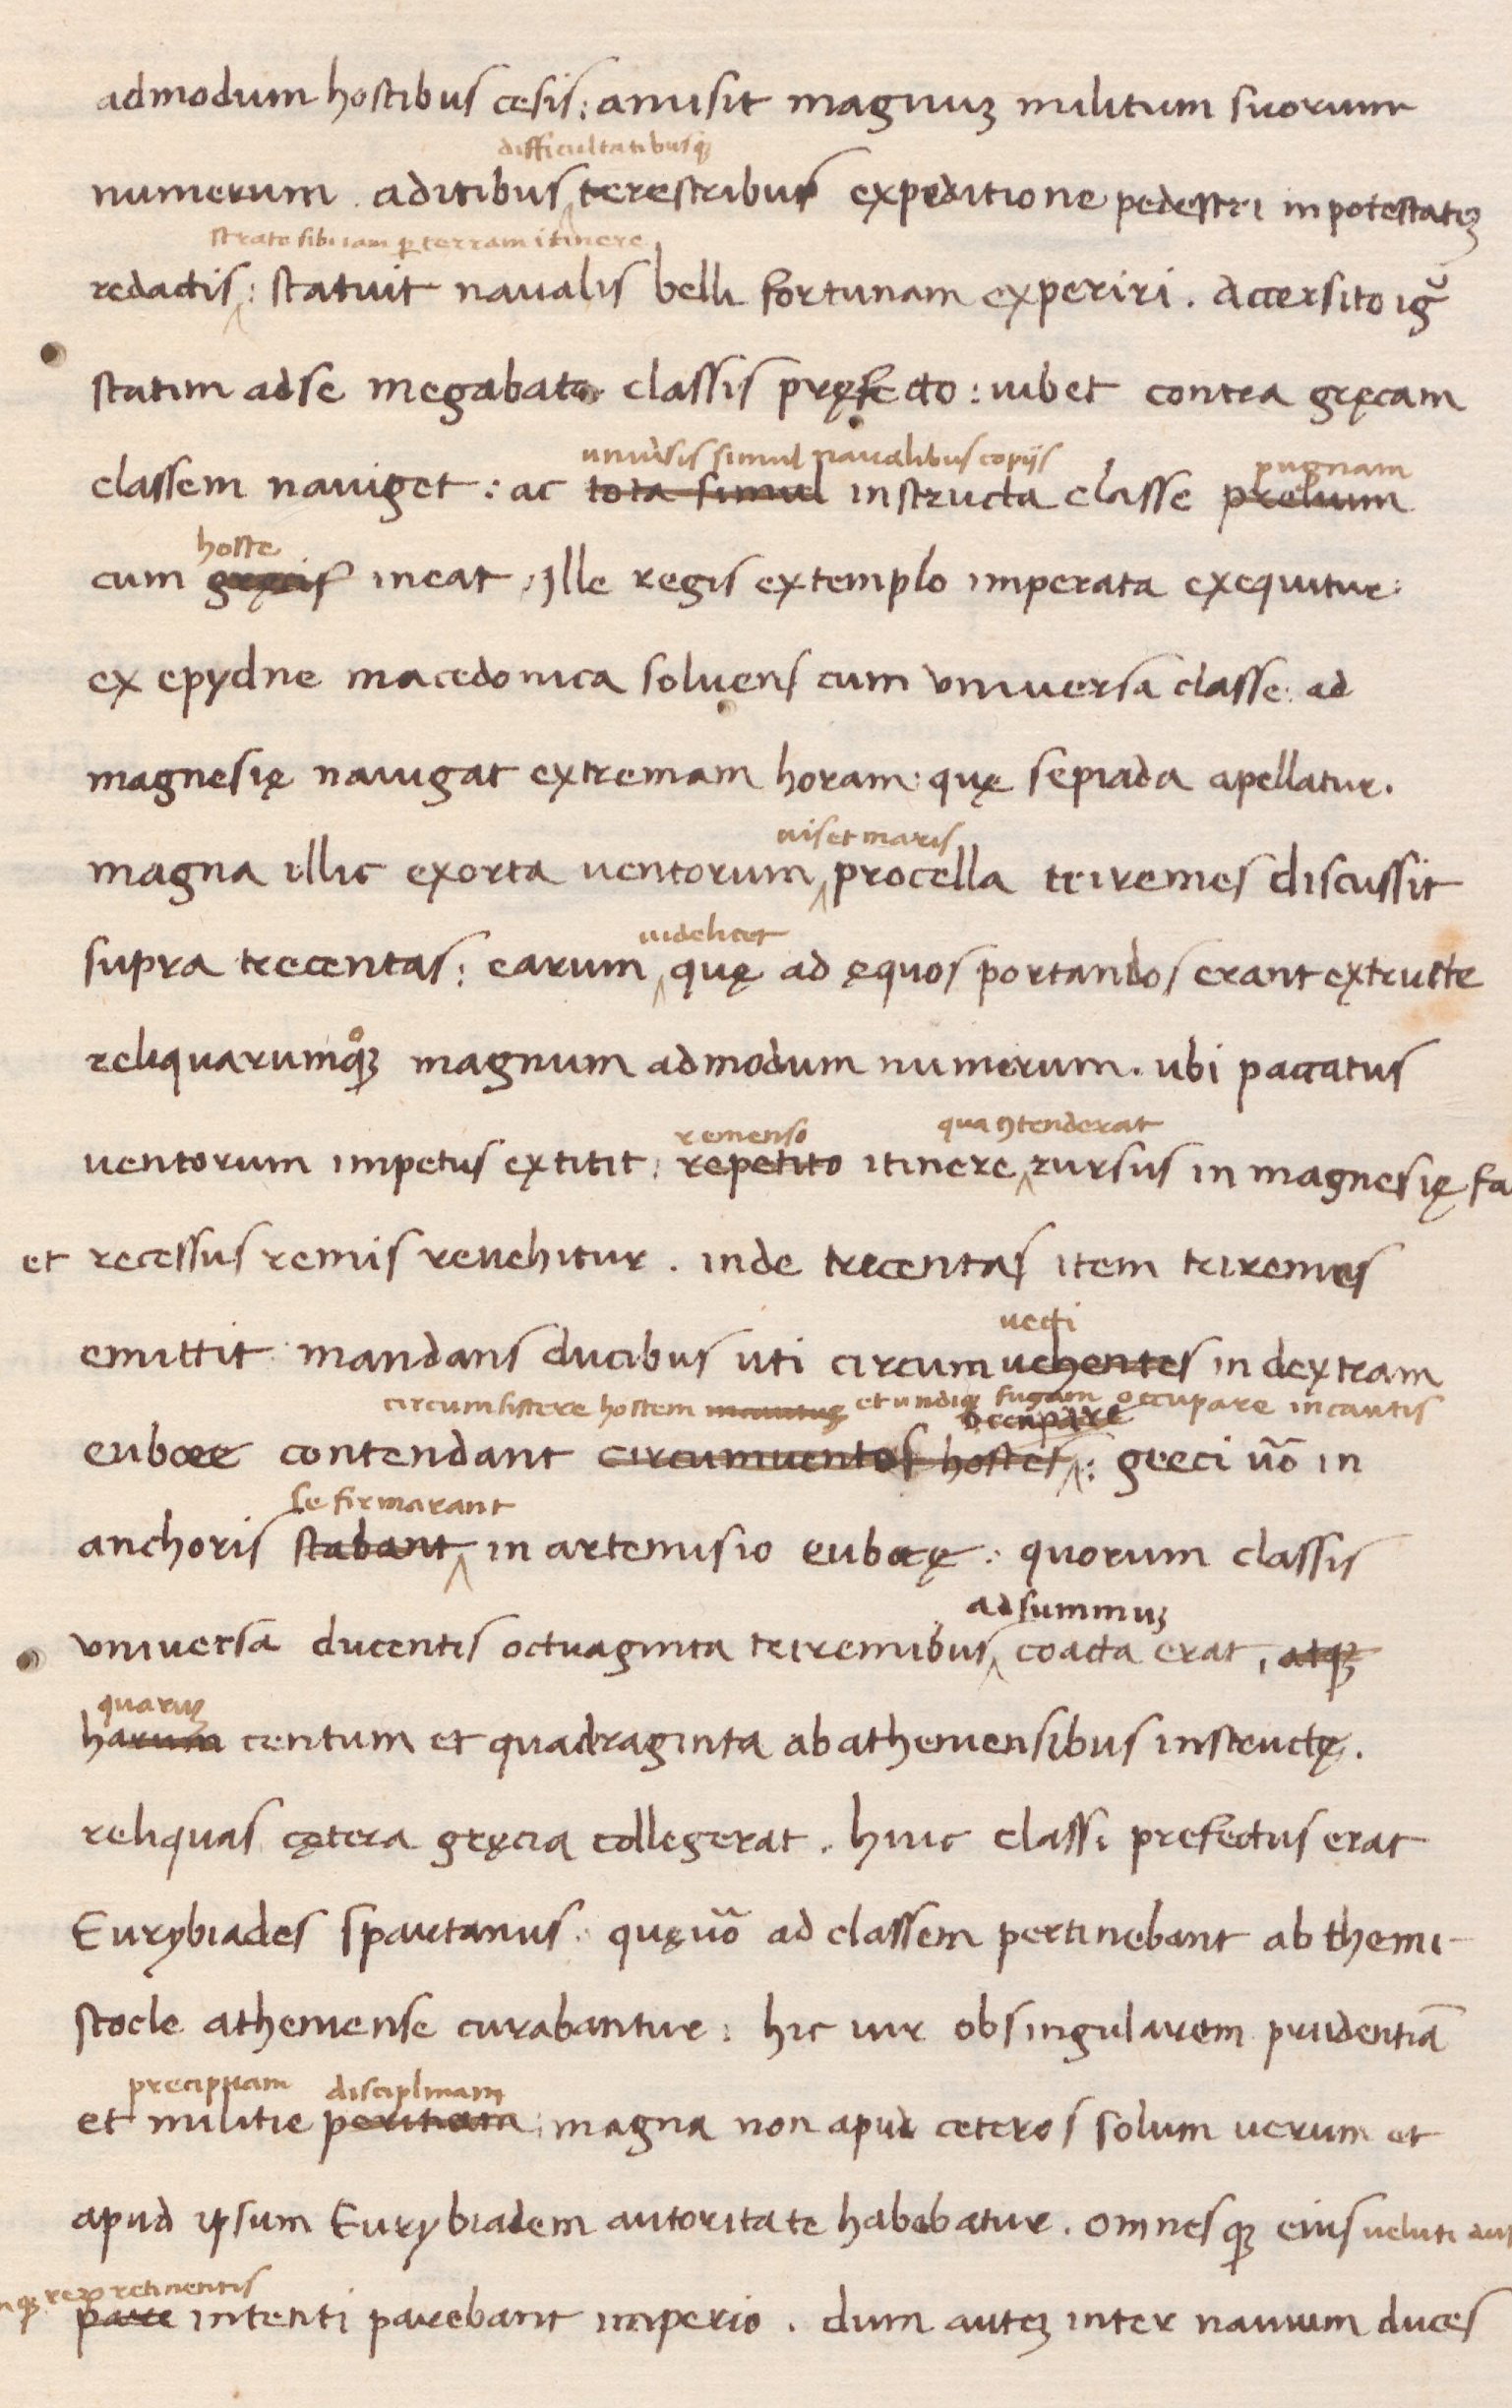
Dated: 1438–1468